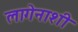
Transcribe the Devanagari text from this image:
लागेनाशी